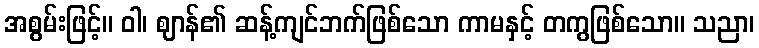
အစွမ်းဖြင့်။ ဝါ၊ ဈာန်၏ ဆန့်ကျင်ဘက်ဖြစ်သော ကာမနှင့် တကွဖြစ်သော။ သညာ၊